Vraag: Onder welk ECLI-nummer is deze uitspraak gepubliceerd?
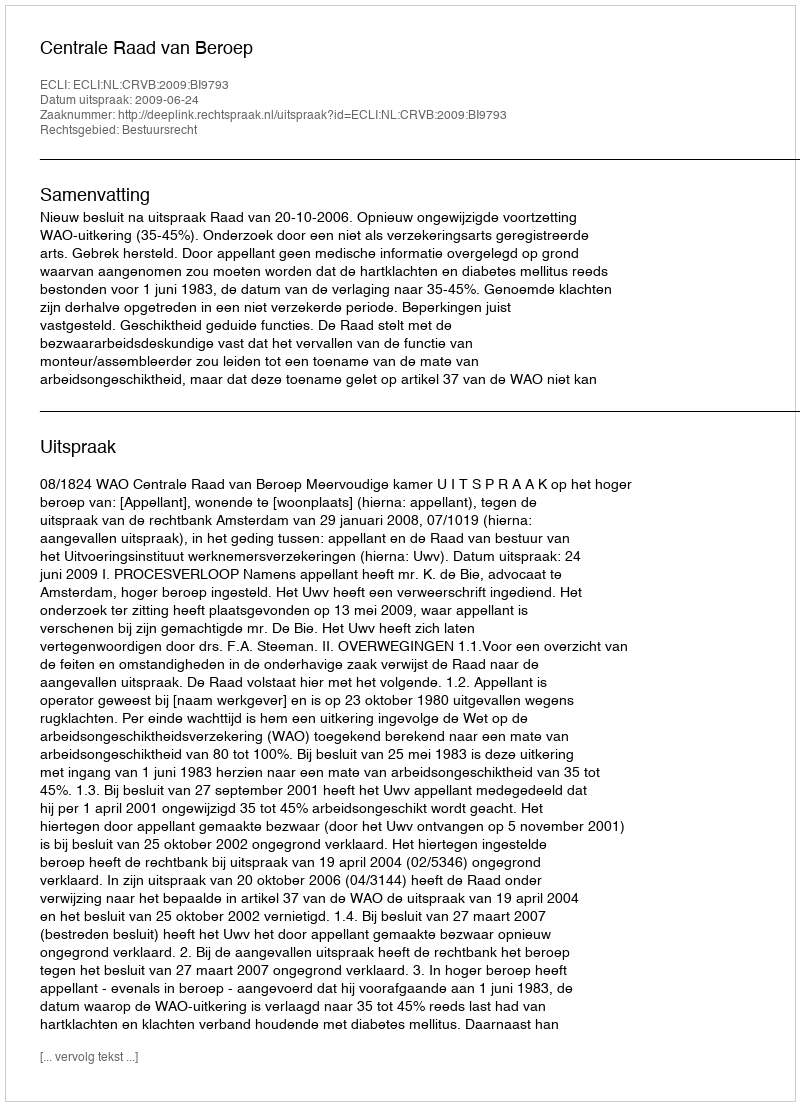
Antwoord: ECLI:NL:CRVB:2009:BI9793